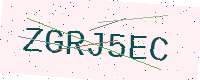
Text: ZGRJ5EC